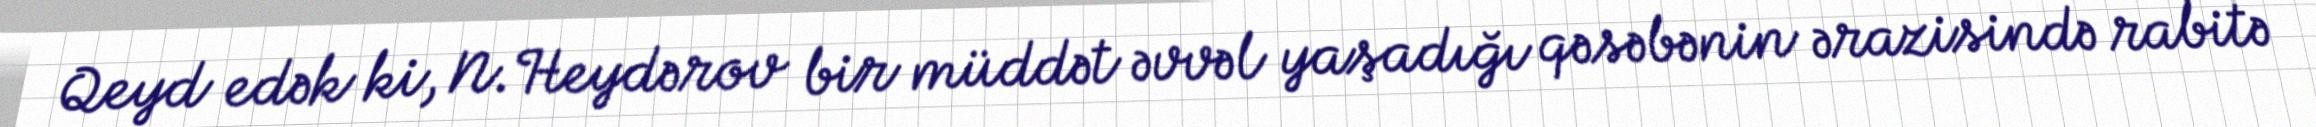
Qeyd edək ki, N.Heydərov bir müddət əvvəl yaşadığı qəsəbənin ərazisində rabitə